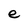
Character: e